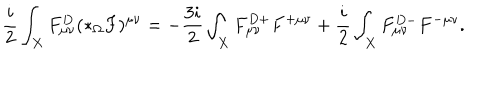
\frac { i } { 2 } \int _ { X } F _ { \mu \nu } ^ { D } ( * _ { \Omega } F ) ^ { \mu \nu } = - \frac { 3 i } { 2 } \int _ { X } F _ { \mu \nu } ^ { D + } F ^ { + \mu \nu } + \frac { i } { 2 } \int _ { X } F _ { \mu \nu } ^ { D - } F ^ { - \mu \nu } .